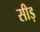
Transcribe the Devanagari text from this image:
सीड़